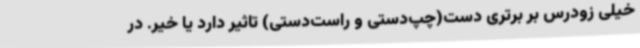
خیلی زودرس بر برتری دست(چپ‌دستی و راست‌دستی) تاثیر دارد یا خیر. در